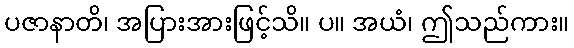
ပဇာနာတိ၊ အပြားအားဖြင့်သိ။ ပ။ အယံ၊ ဤသည်ကား။